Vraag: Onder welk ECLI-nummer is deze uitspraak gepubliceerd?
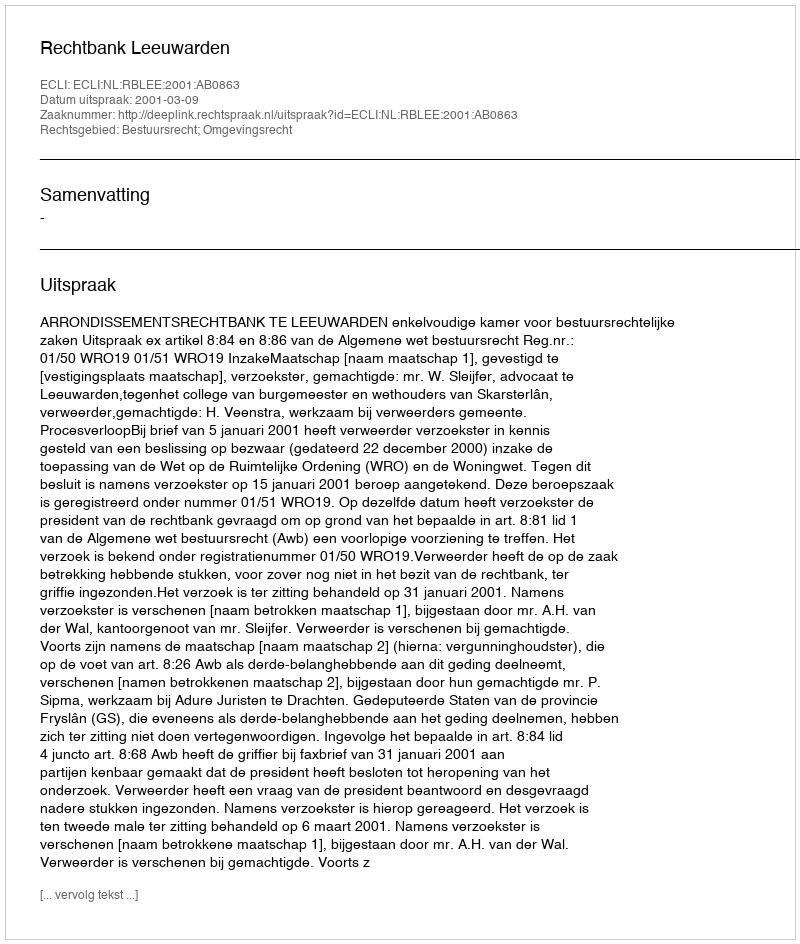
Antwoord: ECLI:NL:RBLEE:2001:AB0863